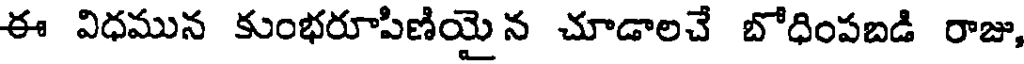
ఈ విధమున కుంభరూపిణియై న చూడాలచే బోధింపబడి రాజు,